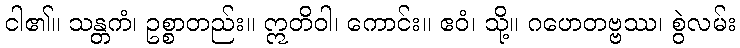
ငါ၏။ သန္တကံ၊ ဥစ္စာတည်း။ ဣတိဝါ၊ ကောင်း။ ဧဝံ၊ သို့။ ဂဟေတဗ္ဗဿ၊ စွဲလမ်း